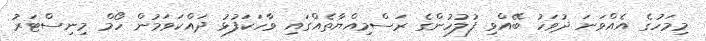
މިމަހުގެ އެއްވަނަ ދުވަހު ބޭއްވި ފުލުހުންގެ ރަސްމިއްޔާތެއްގައި ވާހަކަފުޅު ދައްކަވަމުން ހޯމް މިނިސްޓަރު